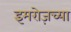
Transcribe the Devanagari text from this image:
इमरोज़च्या